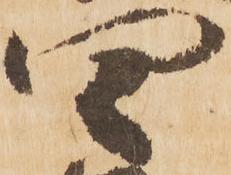
四